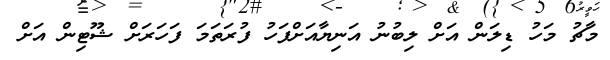
މާޗު މަހު ޑިލަން އަށް ލިބުނު އަނިޔާއަށްފަހު ފުރަތަމަ ފަހަރަށް ޝޫޓިން އަށް